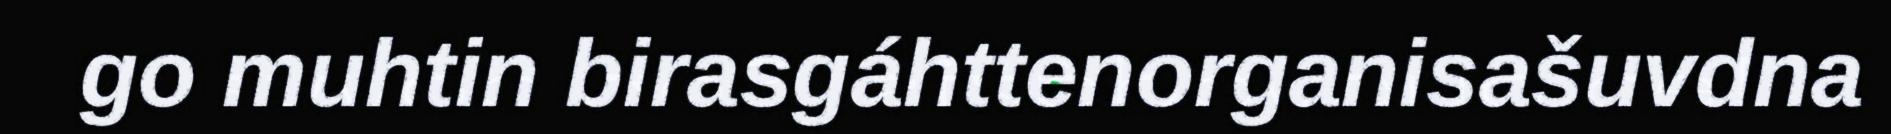
go muhtin birasgáhttenorganisašuvdna